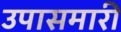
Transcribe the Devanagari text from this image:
उपासमारी